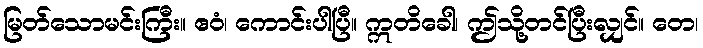
မြတ်သောမင်းကြီး။ ဧဝံ၊ ကောင်းပါပြီ။ ဣတိခေါ၊ ဤသို့တင်ပြီးလျှင်။ တေ၊